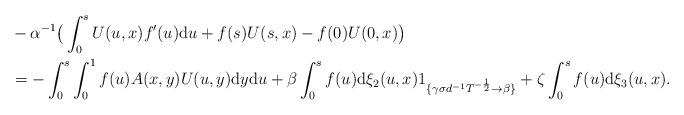
LaTeX: \begin{align*} &- \alpha^{-1} \big(\int_0^s U(u,x)f'(u)\mathrm{d}u+f(s)U(s,x)-f(0)U(0,x)\big) \\ &=- \int_0^s \int_0^1 f(u)A(x,y)U(u,y)\mathrm{d}y\mathrm{d}u+ \beta \int_0^s f(u) \mathrm{d}\xi_2(u,x) 1_{\{\gamma \sigma d^{-1}T^{-\frac{1}{2}}\to\beta\}} +\zeta \int_0^s f(u) \mathrm{d}\xi_3(u,x) . \end{align*}